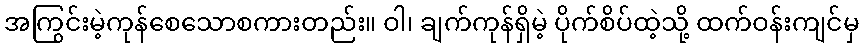
အကြွင်းမဲ့ကုန်စေသောစကားတည်း။ ဝါ၊ ချက်ကုန်ရှိမဲ့ ပိုက်စိပ်ထဲ့သို့ ထက်ဝန်းကျင်မှ